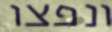
ונפצו